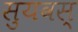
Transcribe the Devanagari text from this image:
सुयवस्